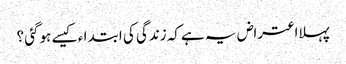
پہلااعتراض یہ ہےکہ زندگی کی ابتدا ء کیسے ہوگئی ؟